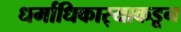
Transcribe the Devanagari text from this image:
धर्माधिकार्‍याकडून